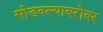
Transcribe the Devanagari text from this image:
सोडवल्याबरोबर